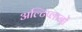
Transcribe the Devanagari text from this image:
अल्टिप्लानों